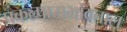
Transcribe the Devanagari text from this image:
प्रकल्पासभोवताल